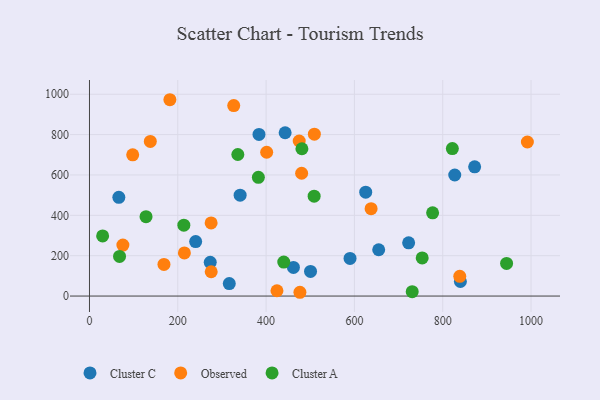
{"axis": {"x": "Experience", "y": "Fuel Efficiency"}, "legend": ["Cluster A", "Cluster C", "Observed"], "data": [{"x": "872.3", "y": 640.3, "type": "Cluster C"}, {"x": "383.9", "y": 800.7, "type": "Cluster C"}, {"x": "722.8", "y": 263.6, "type": "Cluster C"}, {"x": "341.2", "y": 499.8, "type": "Cluster C"}, {"x": "655.0", "y": 229.3, "type": "Cluster C"}, {"x": "66.5", "y": 489.4, "type": "Cluster C"}, {"x": "461.9", "y": 141.9, "type": "Cluster C"}, {"x": "625.6", "y": 514.9, "type": "Cluster C"}, {"x": "590.1", "y": 186.6, "type": "Cluster C"}, {"x": "443.1", "y": 809.1, "type": "Cluster C"}, {"x": "240.5", "y": 269.9, "type": "Cluster C"}, {"x": "316.6", "y": 61.9, "type": "Cluster C"}, {"x": "273.5", "y": 167.2, "type": "Cluster C"}, {"x": "840.0", "y": 72.0, "type": "Cluster C"}, {"x": "827.2", "y": 599.7, "type": "Cluster C"}, {"x": "500.6", "y": 121.9, "type": "Cluster C"}, {"x": "838.6", "y": 97.5, "type": "Observed"}, {"x": "215.0", "y": 213.9, "type": "Observed"}, {"x": "326.7", "y": 944.0, "type": "Observed"}, {"x": "480.5", "y": 608.4, "type": "Observed"}, {"x": "424.6", "y": 26.2, "type": "Observed"}, {"x": "75.7", "y": 252.7, "type": "Observed"}, {"x": "475.0", "y": 768.4, "type": "Observed"}, {"x": "168.7", "y": 156.9, "type": "Observed"}, {"x": "97.9", "y": 699.8, "type": "Observed"}, {"x": "137.8", "y": 766.3, "type": "Observed"}, {"x": "182.1", "y": 972.8, "type": "Observed"}, {"x": "275.7", "y": 120.4, "type": "Observed"}, {"x": "637.8", "y": 433.1, "type": "Observed"}, {"x": "401.3", "y": 712.5, "type": "Observed"}, {"x": "476.6", "y": 18.7, "type": "Observed"}, {"x": "275.5", "y": 362.4, "type": "Observed"}, {"x": "509.3", "y": 801.9, "type": "Observed"}, {"x": "991.7", "y": 763.3, "type": "Observed"}, {"x": "944.6", "y": 161.7, "type": "Cluster A"}, {"x": "508.8", "y": 494.8, "type": "Cluster A"}, {"x": "382.5", "y": 588.3, "type": "Cluster A"}, {"x": "821.8", "y": 730.6, "type": "Cluster A"}, {"x": "213.7", "y": 351.4, "type": "Cluster A"}, {"x": "730.9", "y": 21.7, "type": "Cluster A"}, {"x": "753.5", "y": 189.1, "type": "Cluster A"}, {"x": "440.0", "y": 168.5, "type": "Cluster A"}, {"x": "29.8", "y": 297.7, "type": "Cluster A"}, {"x": "128.1", "y": 393.1, "type": "Cluster A"}, {"x": "336.0", "y": 701.4, "type": "Cluster A"}, {"x": "68.1", "y": 196.1, "type": "Cluster A"}, {"x": "481.1", "y": 730.0, "type": "Cluster A"}, {"x": "777.1", "y": 412.3, "type": "Cluster A"}]}